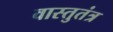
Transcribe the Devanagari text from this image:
वास्तुतंत्र